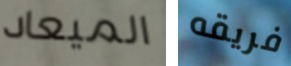
الميعاد فريقه